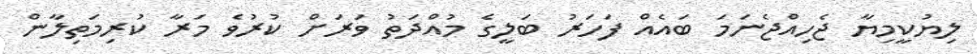
ލިޔުކީމިޔާ ޖެހިއްޖެނަމަ ބައެއް ފަހަރު ބަލީގެ މުއްދަތު ވަރަށް ކުރުވެ މަރާ ކުރިމަތިލާން